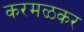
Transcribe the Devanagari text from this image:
करमळकर